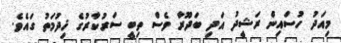
މިއަދު ހުސައިން ރަޝީދު އަދި ބަދޫރާ ވެސް ތިބީ ސަރުކާރުގެ ޚިދުމަތު ގައެވެ.